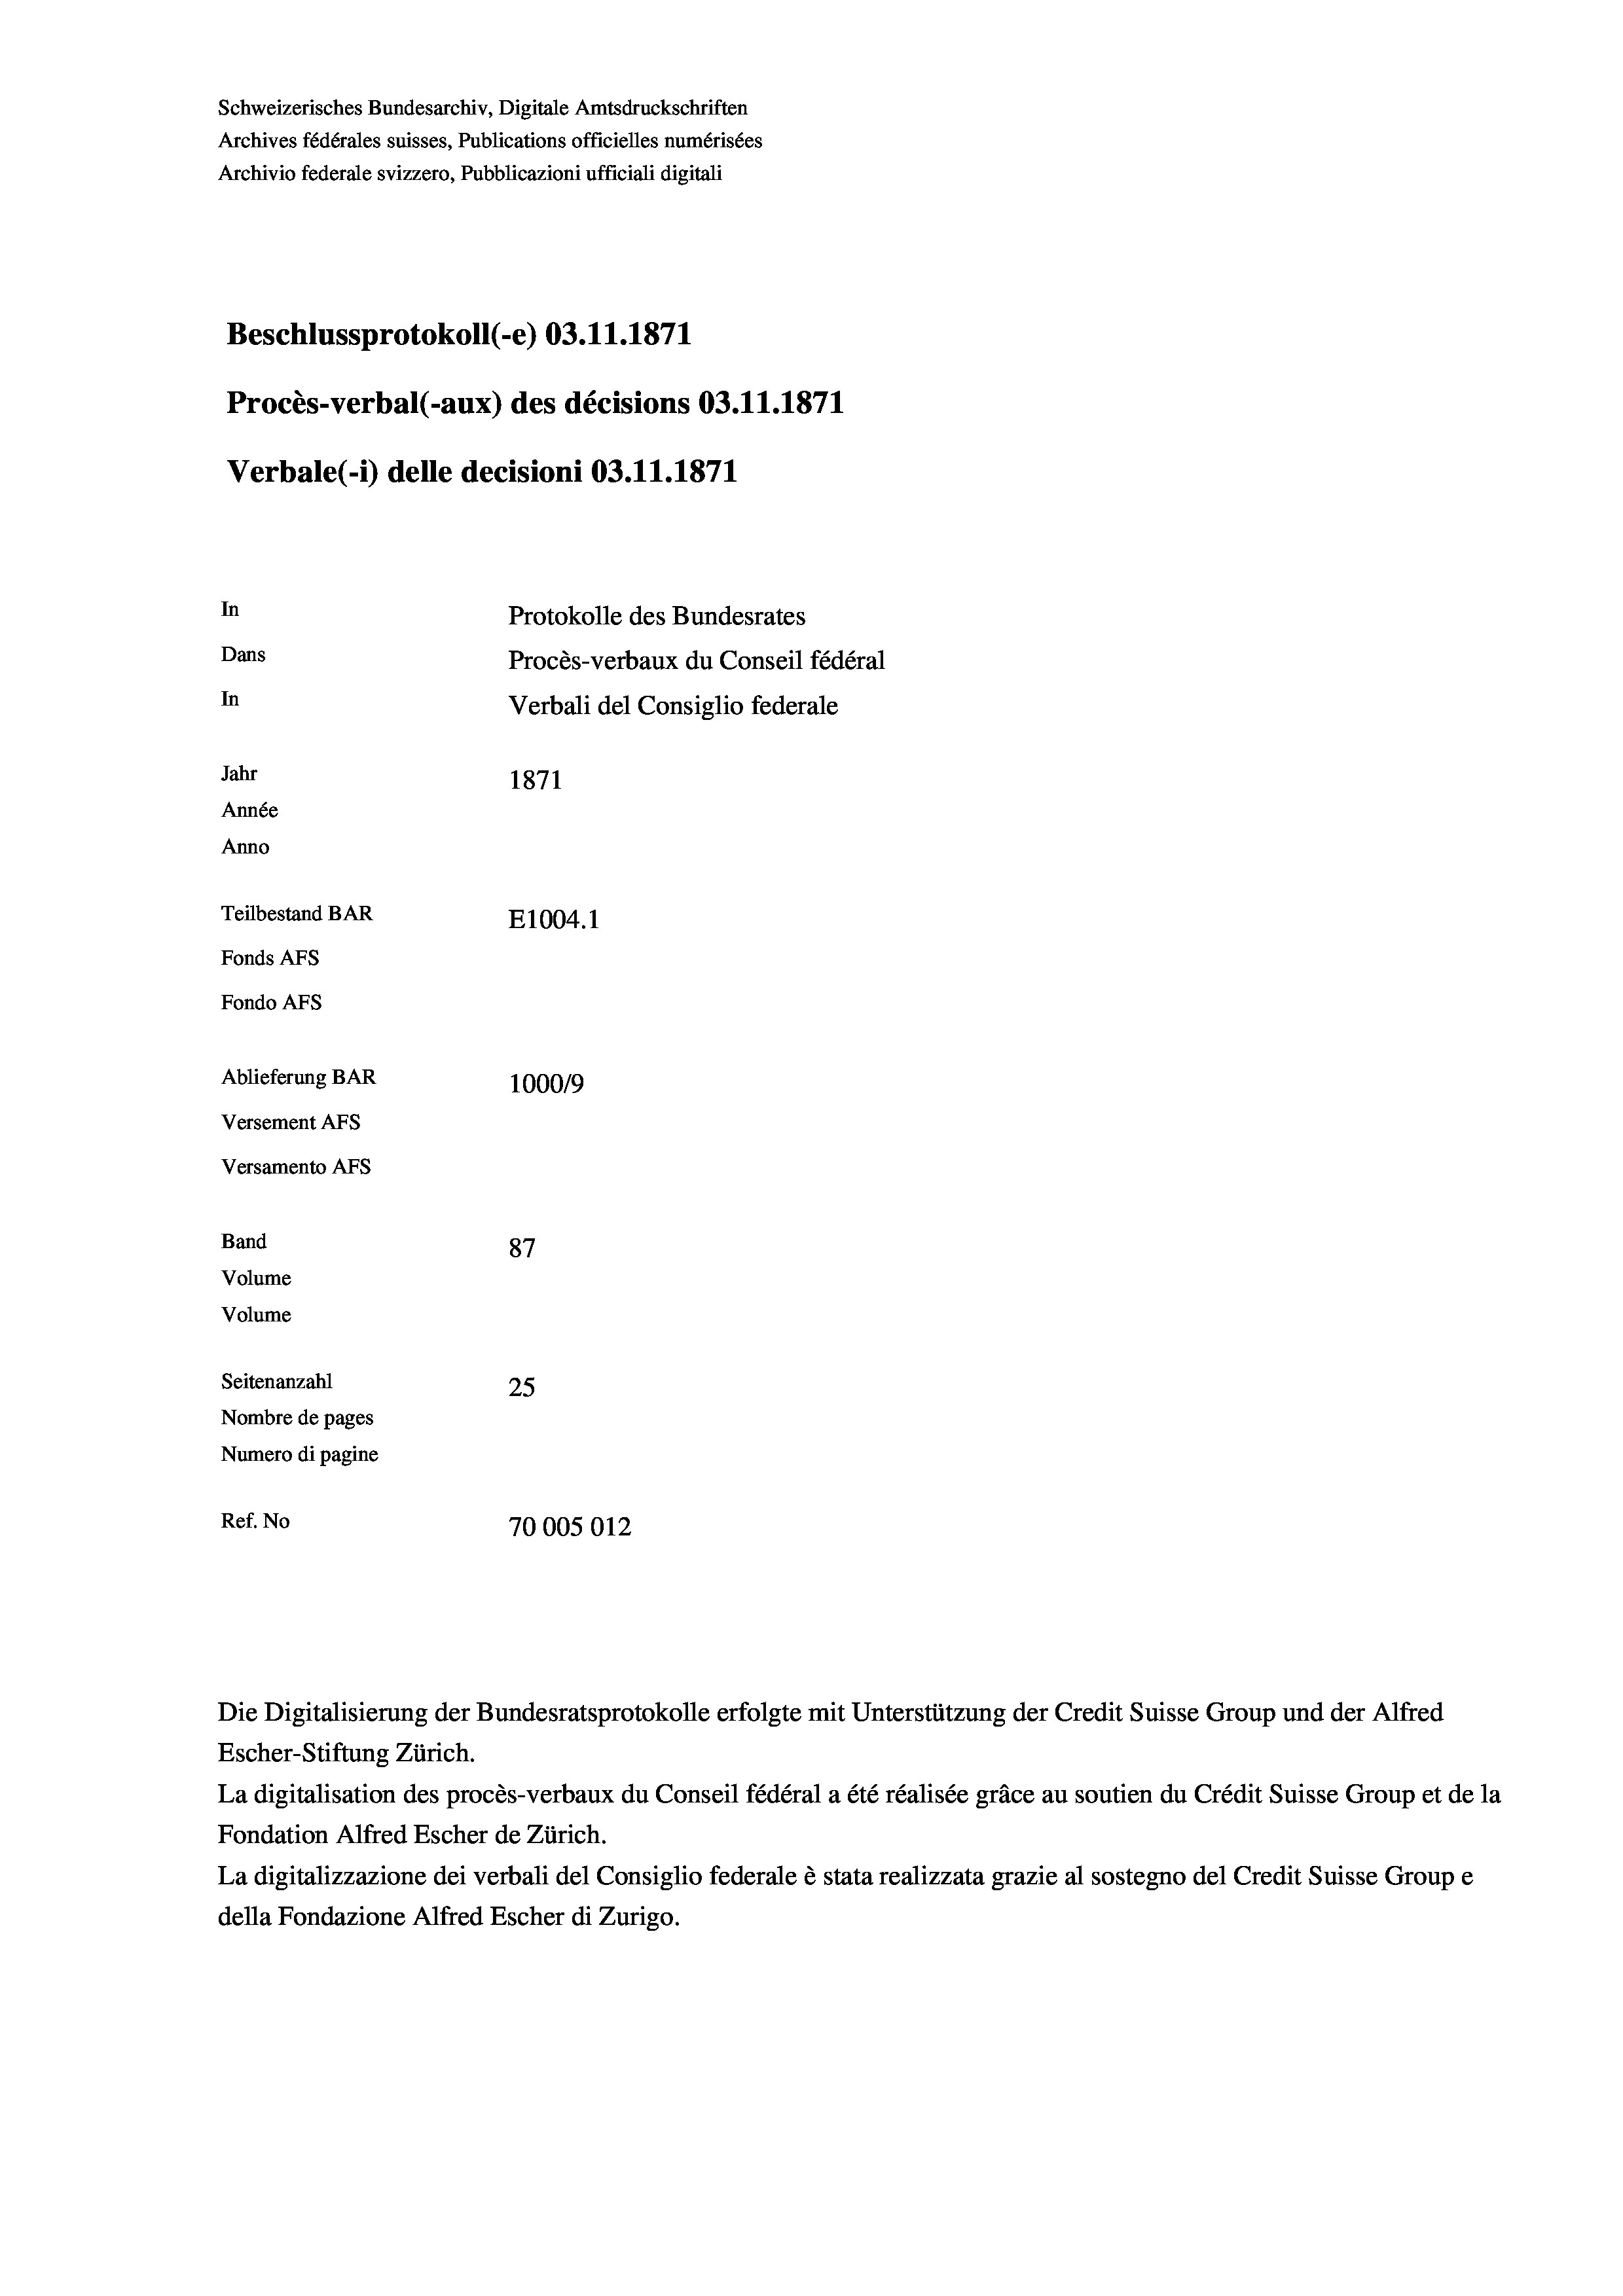
Schweizerisches Bundesarchiv, Digitale Amtsdruckschriften
Archives fédérales suisses, Publications officielles numérisées
Archivio federale svizzero, Pubblicazioni ufficiali digitali
Beschlussprotokoll (-e) 03.11.1871
Procès-verbal (-aux) des décisions 03.11.1871
Verbale(-*) delle decisioni 03.11.1871
In
Protokolle des Bundesrates
Dans
Procès-verbaux du Conseil fédéral
In
Verbali del Consiglio federale
Jahr
1871
Année
Anno
Teilbestand BAR
E1004.1
Fonds AFs
Fondo AFs
Ablieferung BAR
1000/9
Versement Abs
Versamento AFs
Band
87
Volume
Volume

Seitenanzahl
25
Nombre de pages
Numero di pagine
Ref. No
70005012

Escher-Stiftung Zürich.
La digitalisation des procès-verbaux du Conseil fédéral a été réalisée gräce au soutien du Crédit Suisse Group et de la
Fondation Alfred Escher de Zürich.
La digitalizzazione dei verbali del Consiglio federale è stata realizzata grazie al sostegno del Credit Suisse Groupe
della Fondazione Alfred Escher di Zurigo.

Die Digitalisierung der Bundesratsprotokolle erfolgte mit Unterstützung der Credit Suisse Group und der Alfred